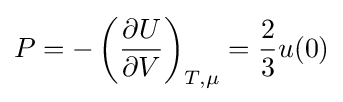
P=-\left({\frac {\partial U}{\partial V}}\right)_{T,\mu }={\frac {2}{3}}u(0)